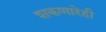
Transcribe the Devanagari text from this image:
शकणारेही